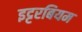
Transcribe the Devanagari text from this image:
इट्टरबियम